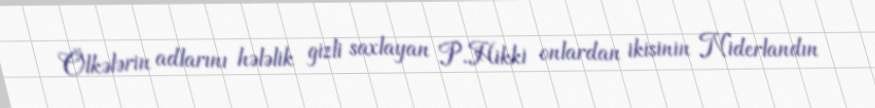
Ölkələrin adlarını hələlik gizli saxlayan P.Hikki onlardan ikisinin Niderlandın